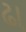
ઢા